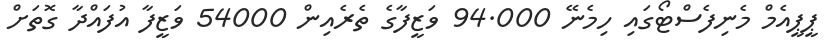
ޕީޕީއެމް މެނިފެސްޓޯގައި ހިމެނޭ 94.000 ވަޒީފާގެ ތެރެއިން 54000 ވަޒީފާ އުފައްދާ ގޮތަށް